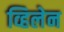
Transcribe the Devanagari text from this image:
व्हिलेन